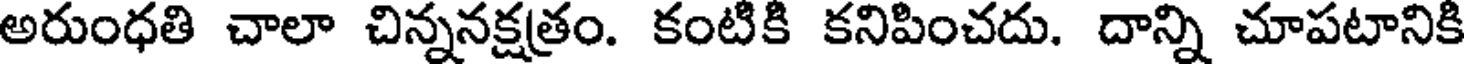
అరుంధతి చాలా చిన్ననక్షత్రం. కంటికి కనిపించదు. దాన్ని చూపటానికి